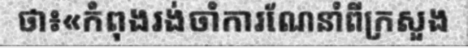
ថា៖«កំពុងរង់ចាំការណែនាំពីក្រសួង